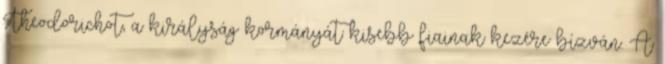
Theodorichot, a királyság kormányát kisebb fiainak kezére bízván. A